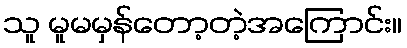
သူ မူမမှန်တော့တဲ့အကြောင်း။